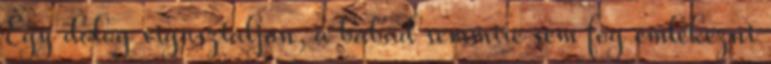
Egy dolog vigasztaljon, a babád semmire sem fog emlékezni